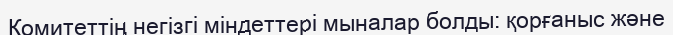
Комитеттің негізгі міндеттері мыналар болды: қорғаныс және